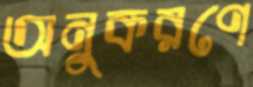
অনুকরণে